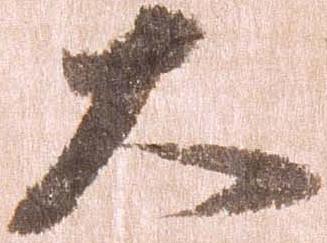
大